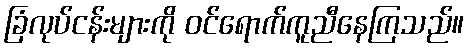
ခြံလုပ်ငန်းများကို ဝင်ရောက်ကူညီနေကြသည်။